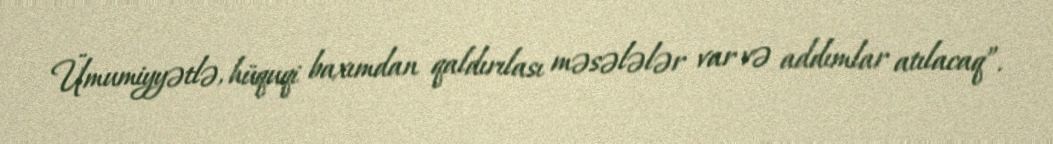
Ümumiyyətlə, hüquqi baxımdan qaldırılası məsələlər var və addımlar atılacaq”.